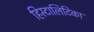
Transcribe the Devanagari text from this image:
हिस्टालिटिका